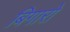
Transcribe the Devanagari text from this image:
बिगारो